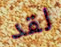
لقد